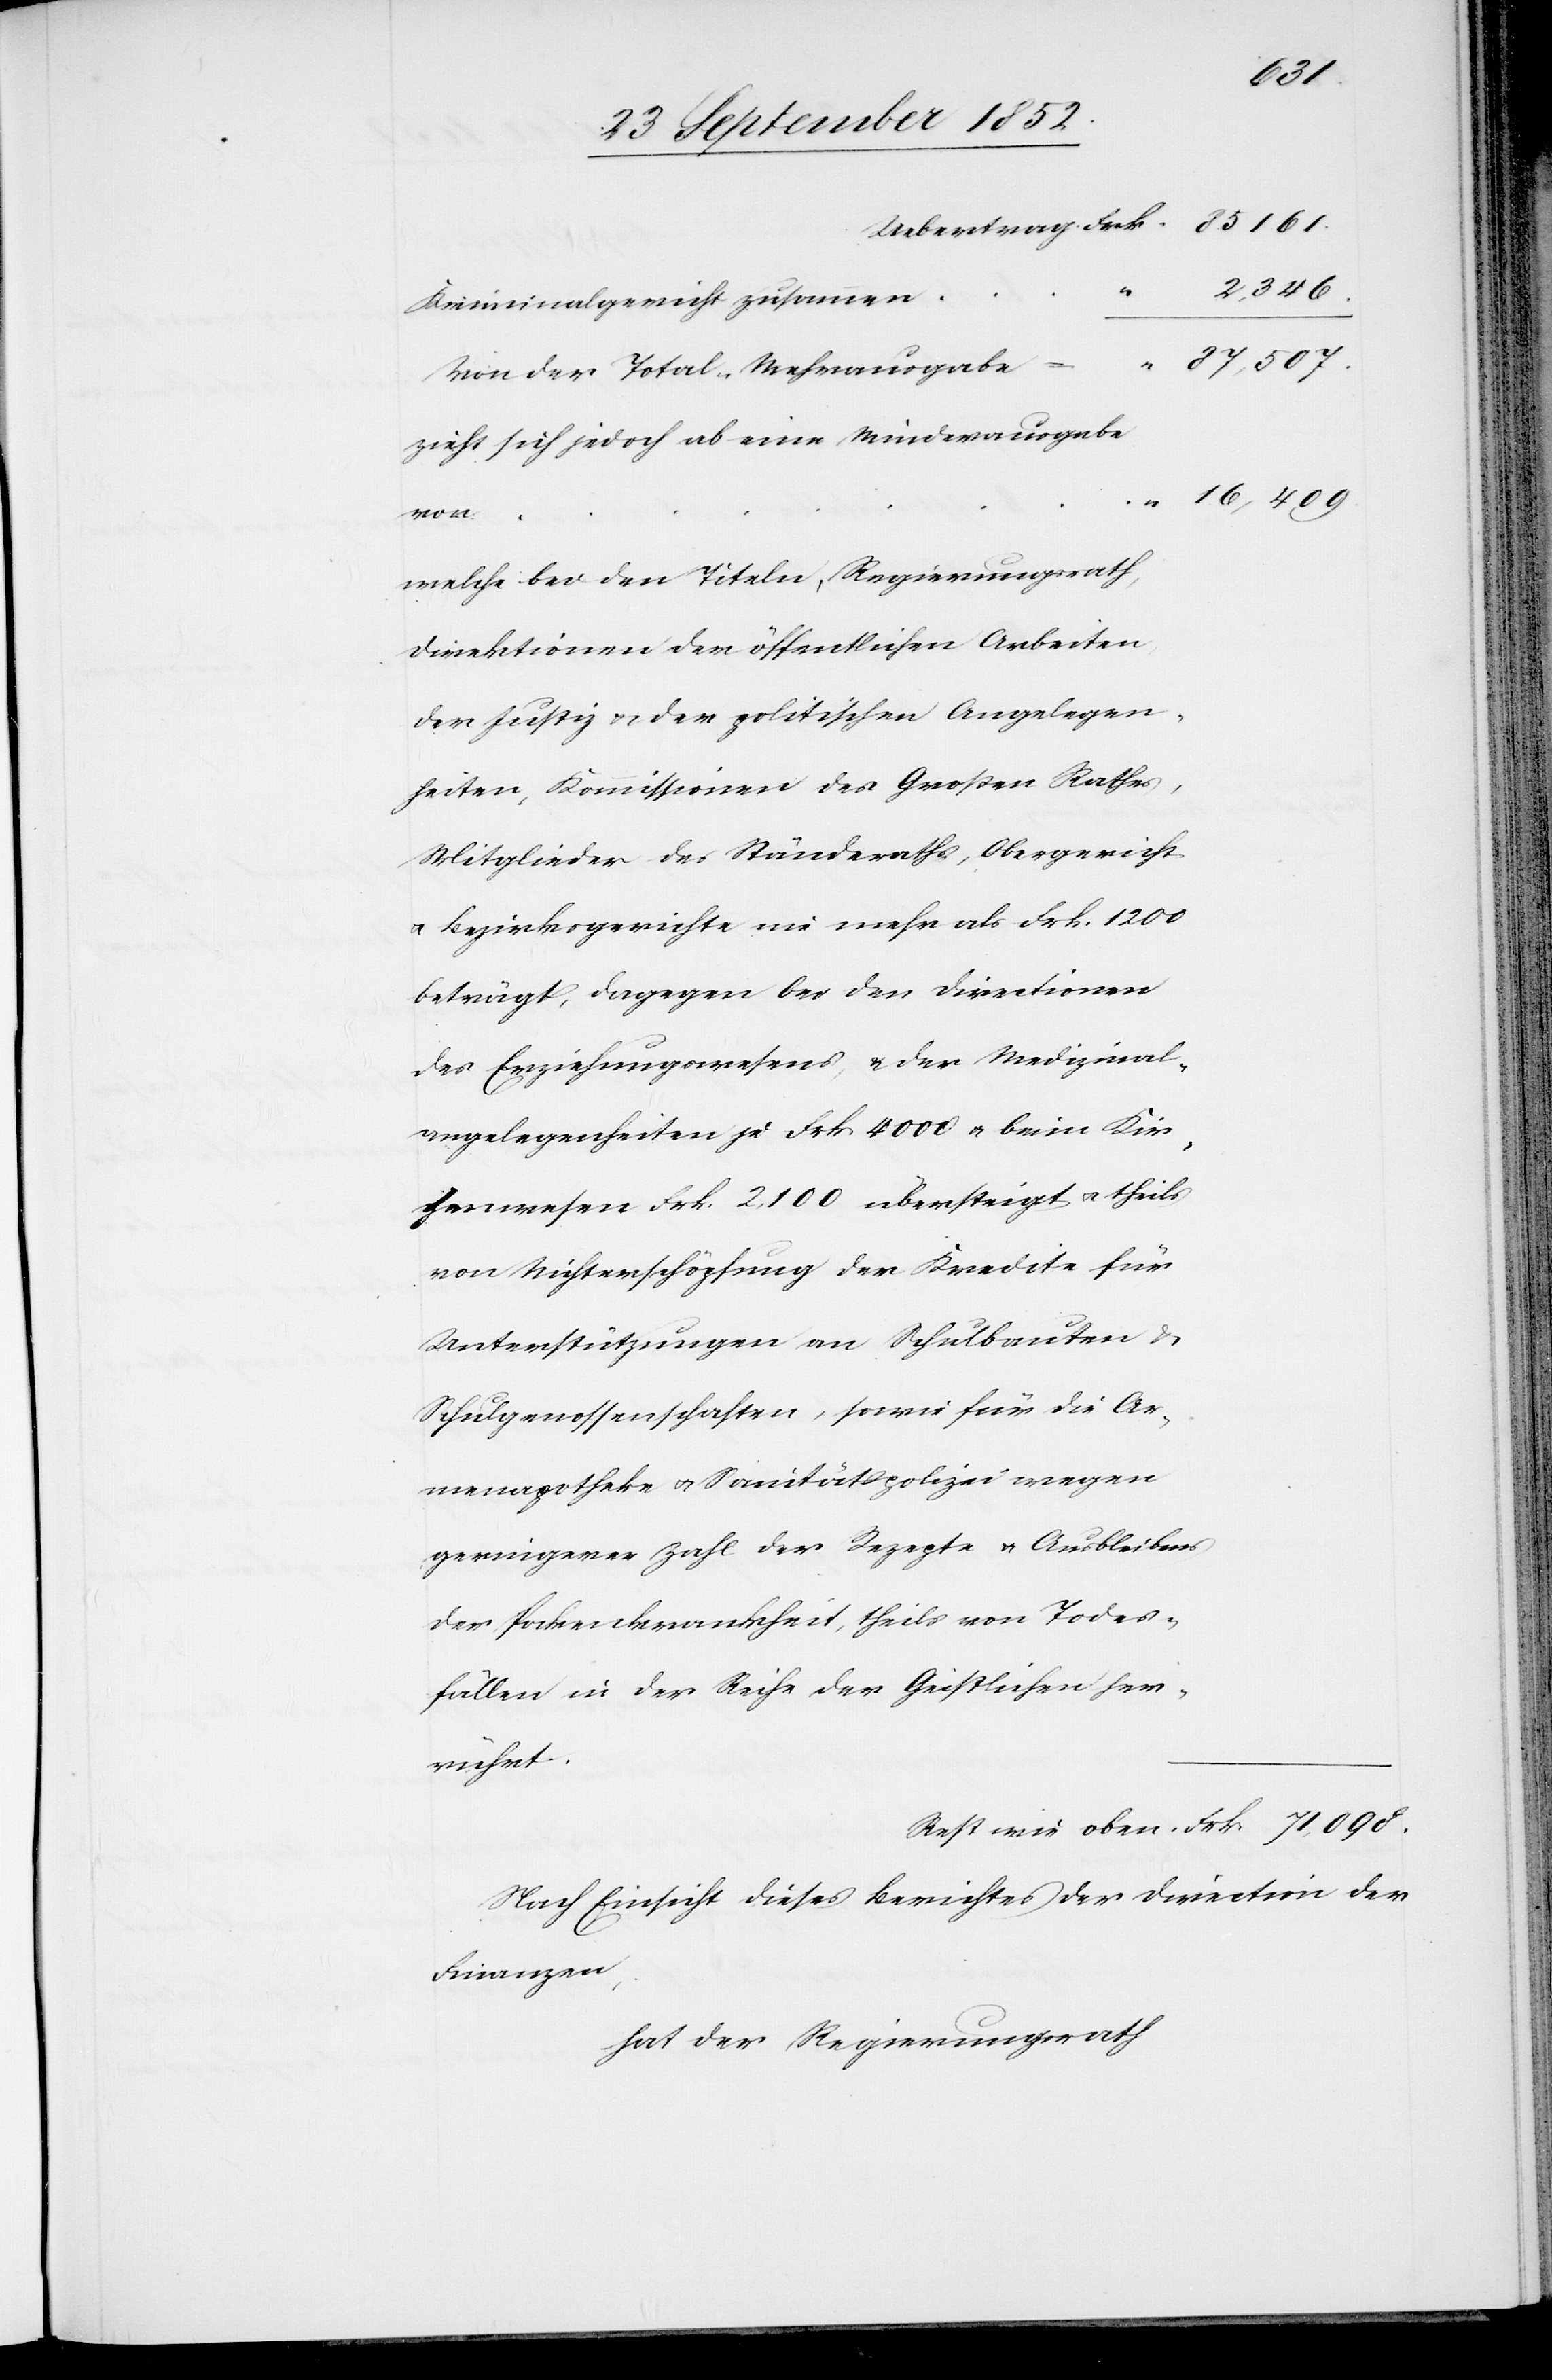
Rest
2,346.
Kriminalgericht zusammen
87,507.
Von der Total-Mehrausgabe
zieht sich jedoch ab eine Minderausgabe
oben
welche bei den Titeln, Regierungsrath,
Direktionen der öffentlichen Arbeiten,
der Justiz & der politischen Angelegen¬
heiten, Kommissionen des Großen Rathes,
Mitglieder des Ständeraths, Obergericht
& Bezirksgerichte nie mehr als Frk. 1200
beträgt, dagegen bei den Directionen
des Erziehungswesens, & der Medizinal¬
angelegenheiten je Frk 4000 & beim Kir¬
chenwesen Frk. 2,100 übersteigt & theils
von Nichterschöpfung der Kredite für
Unterstützungen an Schulbauten &
Schulgenossenschaften, sowie für die Ar¬
menapotheke & Sanitätspolizei wegen
geringerer Zahl der Rezepte & Ausbleibens
der Pockenkrankheit, theils von Todes¬
fällen in der Reihe der Geistlichen her¬
rührt.
Nach Einsicht dieses Berichtes der Direction der
Finanzen,
hat der Regierungsrath